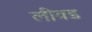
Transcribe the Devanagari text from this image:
लीवड